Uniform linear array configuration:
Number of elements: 24
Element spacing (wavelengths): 0.75
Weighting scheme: exponential
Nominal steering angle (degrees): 15
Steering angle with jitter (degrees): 16.009
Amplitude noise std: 0.05
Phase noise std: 0.05

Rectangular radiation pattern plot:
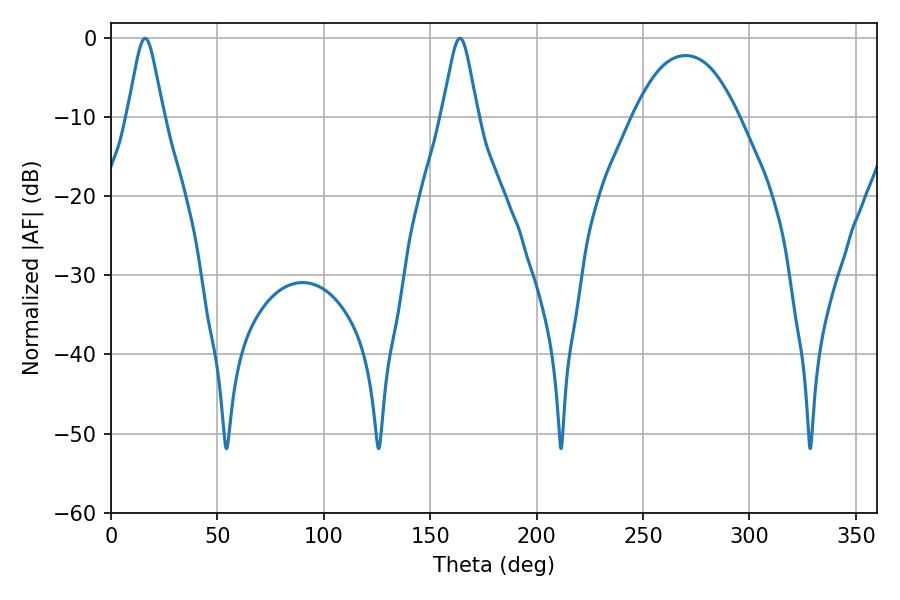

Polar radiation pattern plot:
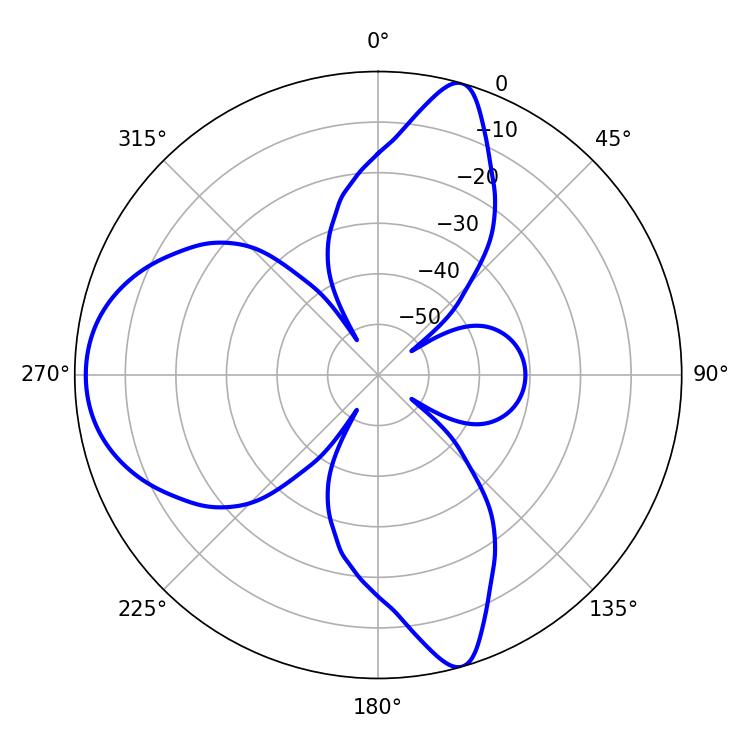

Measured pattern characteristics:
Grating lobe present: TRUE
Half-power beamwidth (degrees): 8.1
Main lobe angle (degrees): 16.02